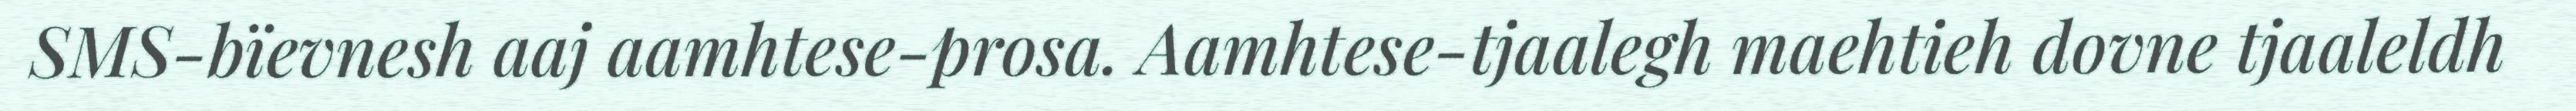
SMS-bïevnesh aaj aamhtese-prosa. Aamhtese-tjaalegh maehtieh dovne tjaaleldh